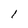
Character: l